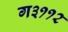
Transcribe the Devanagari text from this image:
ग३११२